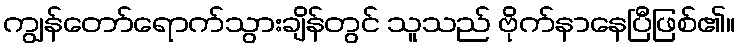
ကျွန်တော်ရောက်သွားချိန်တွင် သူသည် ဗိုက်နာနေပြီဖြစ်၏။